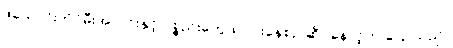
ဖယောင်းတိုင်မီးအလင်းနှင့် ပစ္စည်းတွေထုပ်ပိုးနေစဉ် ဆိုင်နောင့်က ပြောသည်။